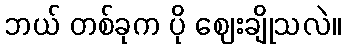
ဘယ် တစ်ခုက ပို ဈေးချိုသလဲ။